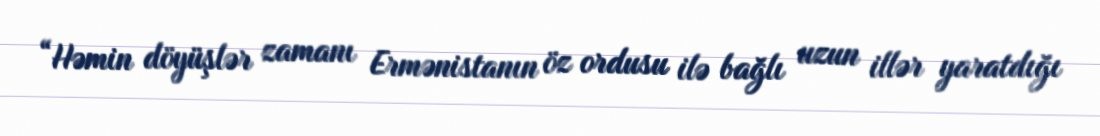
“Həmin döyüşlər zamanı Ermənistanın öz ordusu ilə bağlı uzun illər yaratdığı